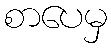
စာပေမှ